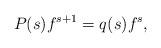
LaTeX: \begin{align*} P(s)f^{s+1}= q(s)f^s, \end{align*}